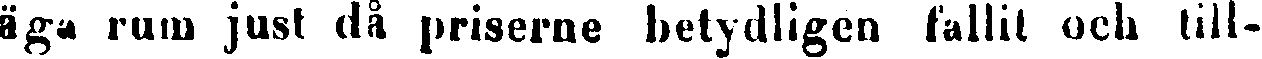
äga rum just då priserne betydligcn fallit och till-